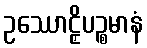
ဥဿောဠှိပဉ္စမာနံ